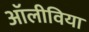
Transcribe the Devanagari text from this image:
अॉलीविया